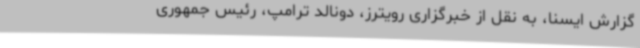
گزارش ایسنا، به نقل از خبرگزاری رویترز، دونالد ترامپ، رئیس جمهوری‌